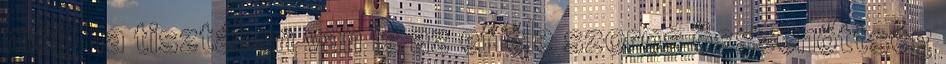
még ha tisztában van is az efféle szoros összenőttség